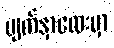
မျက်နှာလေးမှာ